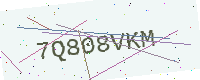
Text: 7Q808VKM